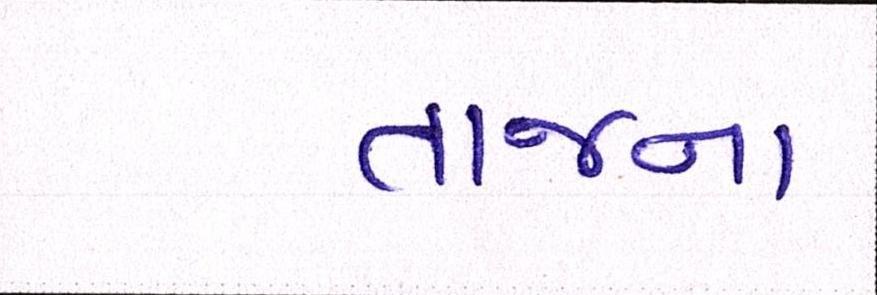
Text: તાજના